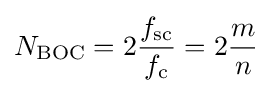
N_{\text{BOC}}=2{\frac {f_{\text{sc}}}{f_{\text{c}}}}=2{\frac {m}{n}}